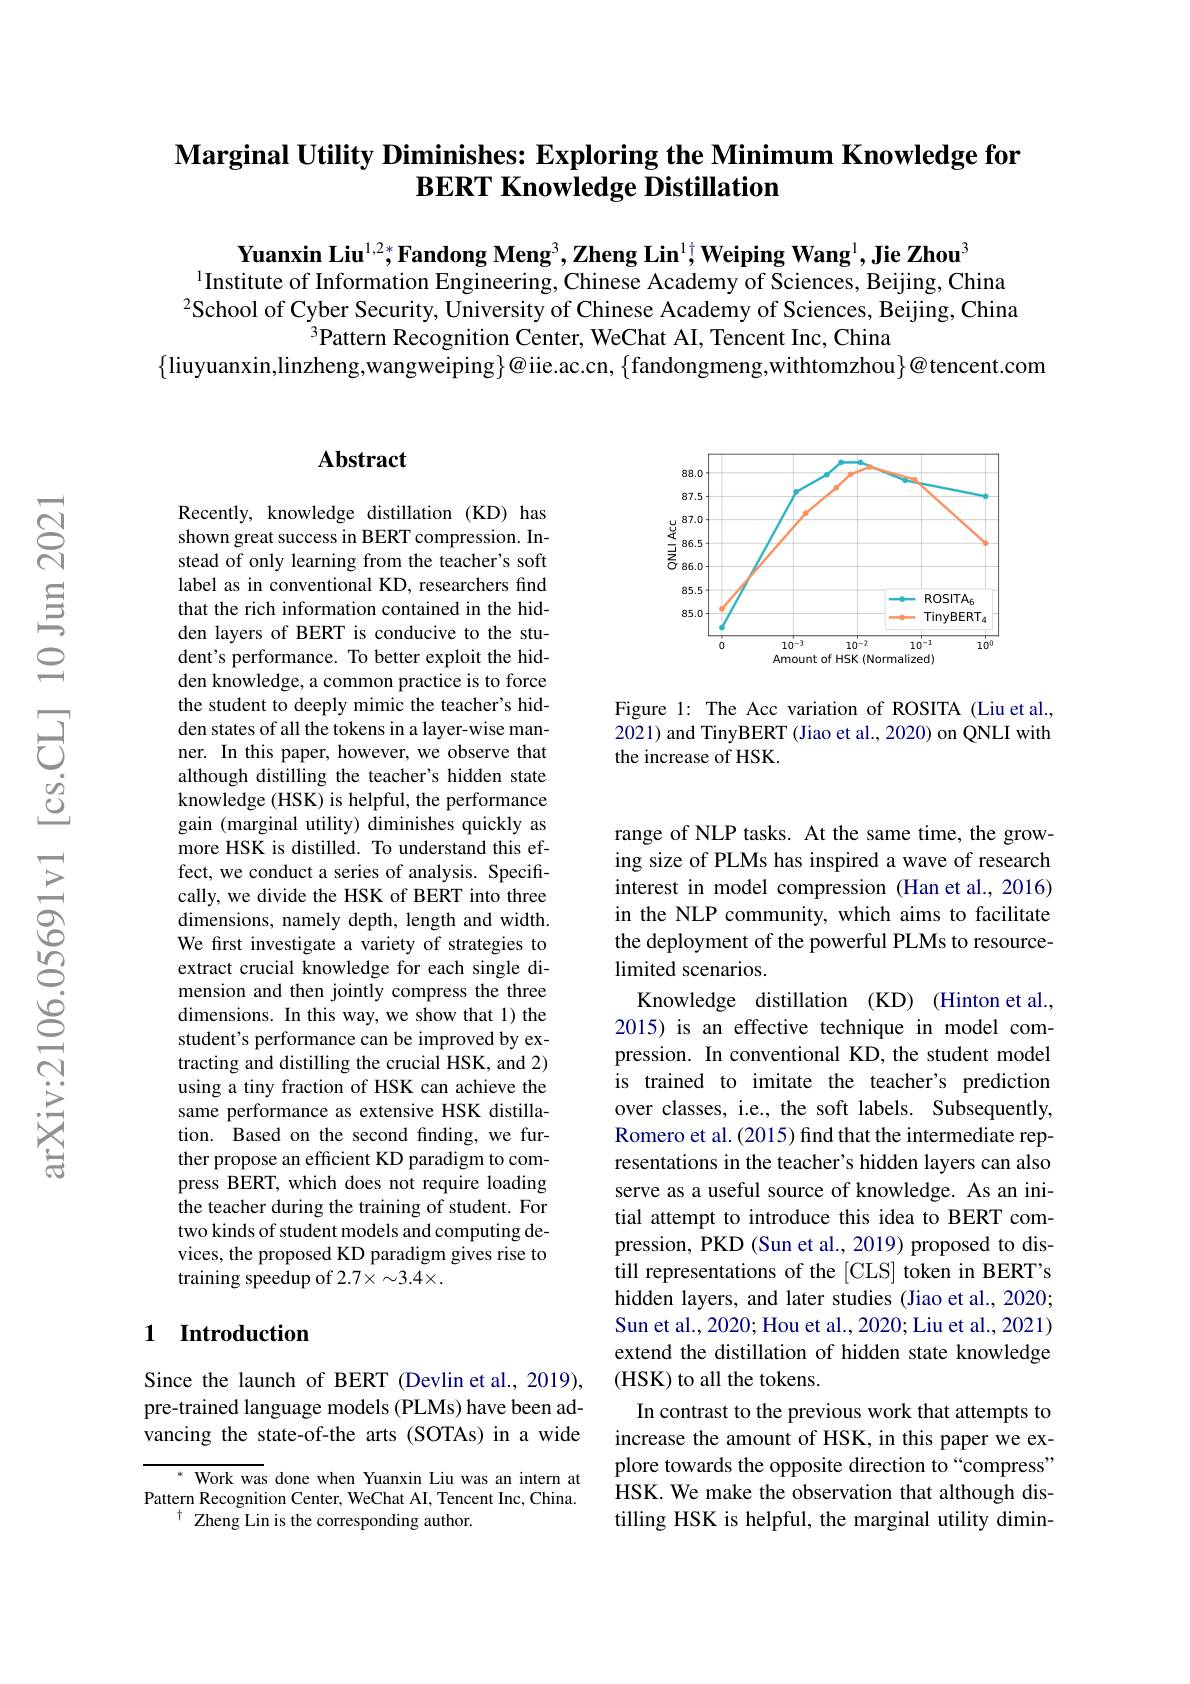
# $\textbf{Marginal Utility Diminishes: Exploring the Minimum Knowledge for}$ BERT Knowledge Distillation

Yuanxin Liu$^{1,2*}$Fandong Meng$^3,\textbf{Zheng Lin}^{1\dagger}$,Weiping Wang$^1,\textbf{Jie Zhou}^3$
$^{1}$Institute of Information Engineering, Chinese Academy of Sciences, Beijing, China $^{2}$School of Cyber Security, University of Chinese Academy of Sciences, Beijing, China
$^3$Pattern Recognition Center, WeChat AI, Tencent Inc, China
$\{$liuyuanxin,linzheng,wangweiping$\}@$iie.ac.cn, $\{$fandongmeng,withtomzhou$\}@$tencent.com

## Abstract

Recently, knowledge distillation (KD) has shown great success in BERT compression. Instead of only learning from the teacher's soft label as in conventional KD, researchers find that the rich information contained in the hidden layers of BERT is conducive to the student's performance. To better exploit the hidden knowledge, a common practice is to force the student to deeply mimic the teacher's hidden states of all the tokens in a layer-wise manner. In this paper, however, we observe that although distilling the teacher's hidden state knowledge (HSK) is helpful, the performance gain (marginal utility) diminishes quickly as more HSK is distilled. To understand this effect, we conduct a series of analysis. Specifically, we divide the HSK of BERT into three dimensions, namely depth, length and width. We first investigate a variety of strategies to extract crucial knowledge for each single dimension and then jointly compress the three dimensions. In this way, we show that 1) the student's performance can be improved by extracting and distilling the crucial HSK, and 2) using a tiny fraction of HSK can achieve the same performance as extensive HSK distillation. Based on the second finding, we further propose an efficient KD paradigm to compress BERT, which does not require loading the teacher during the training of student. For two kinds of student models and computing devices, the proposed KD paradigm gives rise to training speedup of 2.7×∼3.4×.

## 1 Introduction

Since the launch of BERT (Devlin et al., 2019), pre-trained language models (PLMs) have been advancing the state-of-the arts (SOTAs) in a wide

* Work was done when Yuanxin Liu was an intern at Pattern Recognition Center, WeChat AI, Tencent Inc, China.
$^{\dagger}$ Zheng Lin is the corresponding author.

<FigureHere>

Figure 1: The Acc variation of ROSITA (Liu et al., 2021) and TinyBERT (Jiao et al., 2020) on QNLI with the increase of HSK

range of NLP tasks. At the same time, the growing size of PLMs has inspired a wave of research interest in model compression (Han et al., 2016) in the NLP community, which aims to facilitate the deployment of the powerful PLMs to resourcelimited scenarios.
Knowledge distillation (KD) (Hinton et al., 2015) is an effective technique in model compression. In conventional KD, the student model is trained to imitate the teacher's prediction over classes, i.e., the soft labels. Subsequently, Romero et al. (2015) find that the intermediate representations in the teacher's hidden layers can also serve as a useful source of knowledge. As an initial attempt to introduce this idea to BERT compression, PKD (Sun et al., 2019) proposed to distill representations of the [CLS] token in BERT's hidden layers, and later studies (Jiao et al., 2020; Sun et al., 2020; Hou et al., 2020; Liu et al., 2021) extend the distillation of hidden state knowledge ( HSK) to all the tokens.
In contrast to the previous work that attempts to increase the amount of HSK, in this paper we explore towards the opposite direction to“compress” HSK. We make the observation that although distilling HSK is helpful, the marginal utility dimin-